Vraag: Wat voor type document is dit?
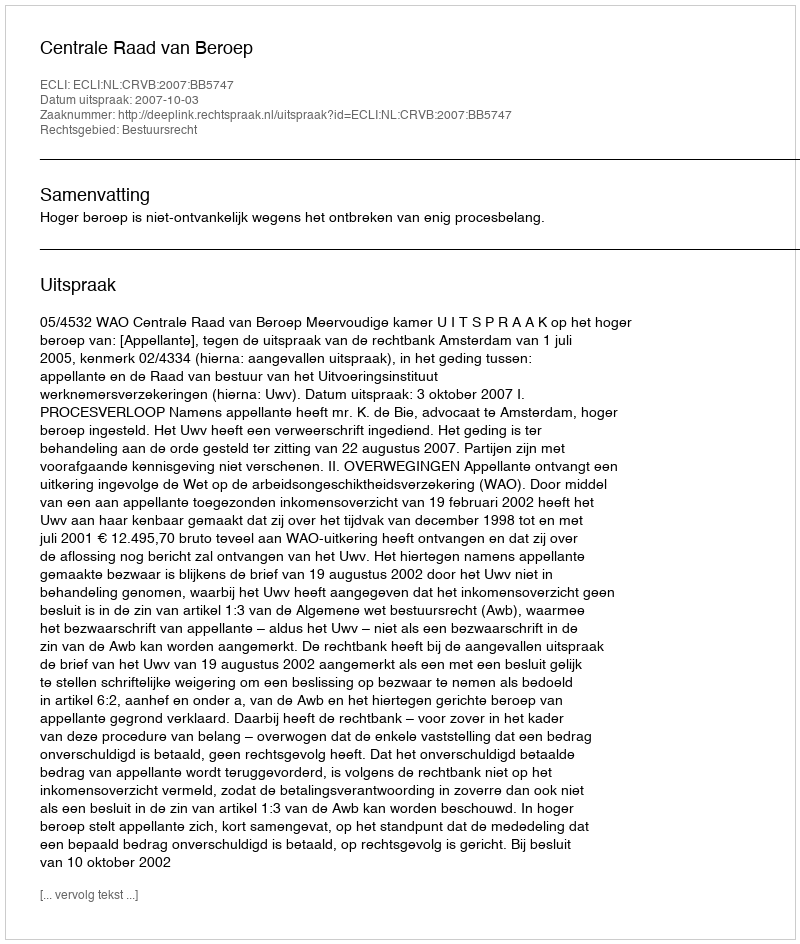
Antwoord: Uitspraak